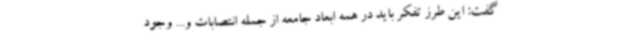
گفت: این طرز تفکر باید در همه ابعاد جامعه از جمله انتصابات و... وجود